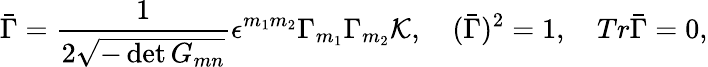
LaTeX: \bar{\Gamma}={\frac{1}{2\sqrt{-\operatorname*{det}{G_{mn}}}}}\epsilon^{m_{1}m_{2}}\Gamma_{m_{1}}\Gamma_{m_{2}}{\cal K},\quad(\bar{\Gamma})^{2}=1,\quad Tr\bar{\Gamma}=0,